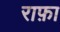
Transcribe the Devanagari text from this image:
राफ़ा